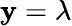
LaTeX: \mathbf{y}=\lambda